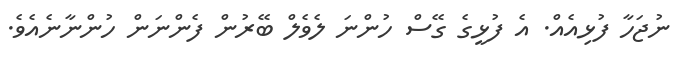
ނުޖަހާ ފުޅިއެއް. އެ ފުޅީގެ ގޭސް ހުންނަ ލެވެލް ބޭރުން ފެންނަން ހުންނާނެއެވެ.